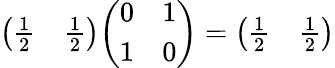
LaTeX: {\left(\begin{array}{ll}{{\frac{1}{2}}}&{{\frac{1}{2}}}\end{array}\right)}{\left(\begin{array}{ll}{0}&{1}\\ {1}&{0}\end{array}\right)}={\left(\begin{array}{ll}{{\frac{1}{2}}}&{{\frac{1}{2}}}\end{array}\right)}